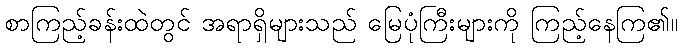
စာကြည့်ခန်းထဲတွင် အရာရှိများသည် မြေပုံကြီးများကို ကြည့်နေကြ၏။